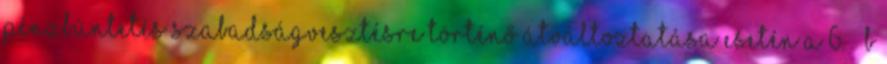
pénzbüntetés szabadságvesztésre történő átváltoztatása esetén a 6. § b